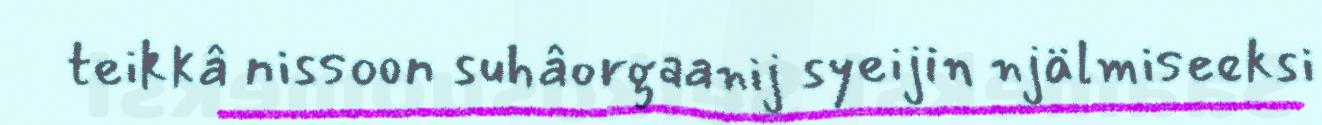
teikkâ nissoon suhâorgaanij syeijin njälmiseeksi